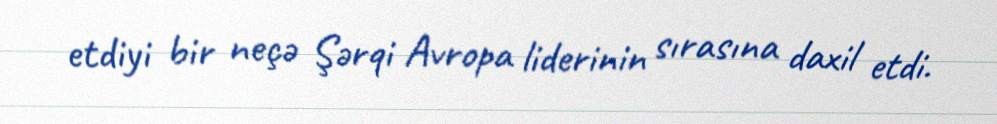
etdiyi bir neçə Şərqi Avropa liderinin sırasına daxil etdi.